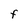
Character: F